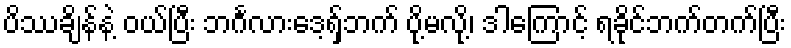
ပိဿချိန်နဲ့ ဝယ်ပြီး ဘင်္ဂလားဒေ့ရှ်ဘက် ပို့မလို့၊ ဒါကြောင့် ရခိုင်ဘက်တက်ပြီး